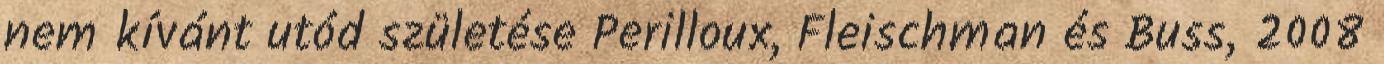
nem kívánt utód születése Perilloux, Fleischman és Buss, 2008